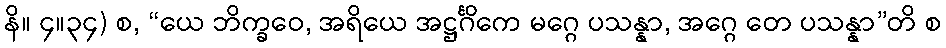
နိ။ ၄။၃၄) စ, “ယေ ဘိက္ခဝေ, အရိယေ အဋ္ဌင်္ဂိကေ မဂ္ဂေ ပသန္နာ, အဂ္ဂေ တေ ပသန္နာ”တိ စ